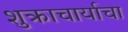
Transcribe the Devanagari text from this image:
शुक्राचार्याचा